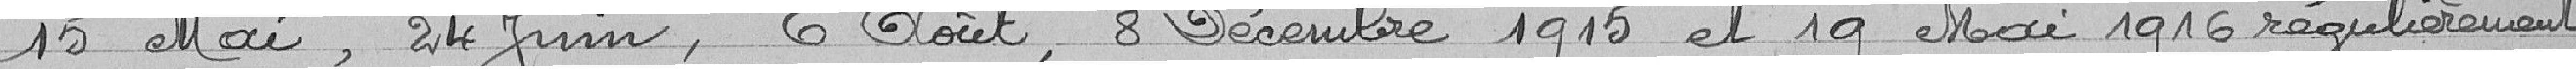
15 Mai, 24 Juin, 6 Août, 8 Décembre 1915 et 19 Mai 1916 régulièrement